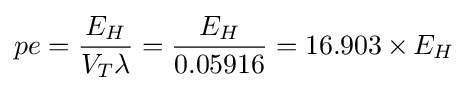
pe={\frac {E_{H}}{V_{T}\lambda }}={\frac {E_{H}}{0.05916}}=16.903\,{\text{×}}\,E_{H}